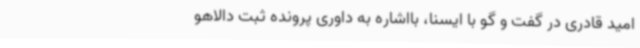
امید قادری در گفت و گو با ایسنا، بااشاره به داوری پرونده ثبت دالاهو